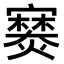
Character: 𫴘